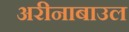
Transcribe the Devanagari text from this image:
अरीनाबाउल